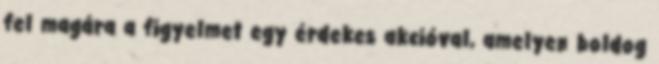
fel magára a figyelmet egy érdekes akcióval, amelyen boldog